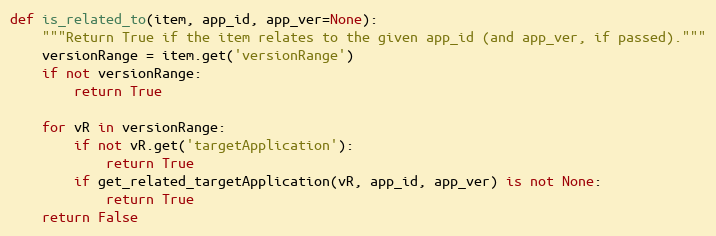
Language: Python
def is_related_to(item, app_id, app_ver=None):
    """Return True if the item relates to the given app_id (and app_ver, if passed)."""
    versionRange = item.get('versionRange')
    if not versionRange:
        return True

    for vR in versionRange:
        if not vR.get('targetApplication'):
            return True
        if get_related_targetApplication(vR, app_id, app_ver) is not None:
            return True
    return False